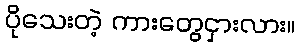
ပိုသေးတဲ့ ကားတွေငှားလား။